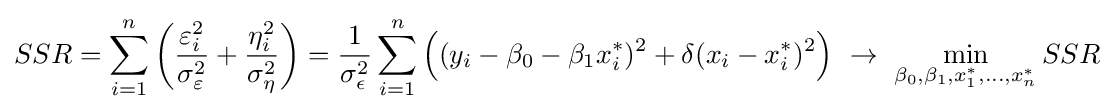
SSR=\sum _{i=1}^{n}{\bigg (}{\frac {\varepsilon _{i}^{2}}{\sigma _{\varepsilon }^{2}}}+{\frac {\eta _{i}^{2}}{\sigma _{\eta }^{2}}}{\bigg )}={\frac {1}{\sigma _{\epsilon }^{2}}}\sum _{i=1}^{n}{\Big (}(y_{i}-\beta _{0}-\beta _{1}x_{i}^{*})^{2}+\delta (x_{i}-x_{i}^{*})^{2}{\Big )}\ \to \ \min _{\beta _{0},\beta _{1},x_{1}^{*},\ldots ,x_{n}^{*}}SSR